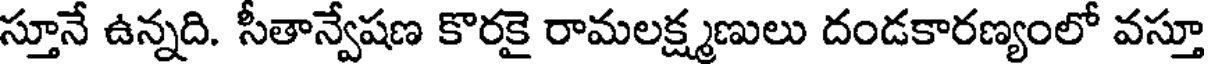
స్తూనే ఉన్నది. సీతాన్వేషణ కొరకై రామలక్ష్మణులు దండకారణ్యంలో వస్తూ